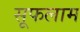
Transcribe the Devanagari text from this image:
सूफलाम